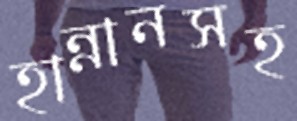
হান্নানসহ